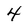
Character: 4